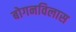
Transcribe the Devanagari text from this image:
बोगनविलास